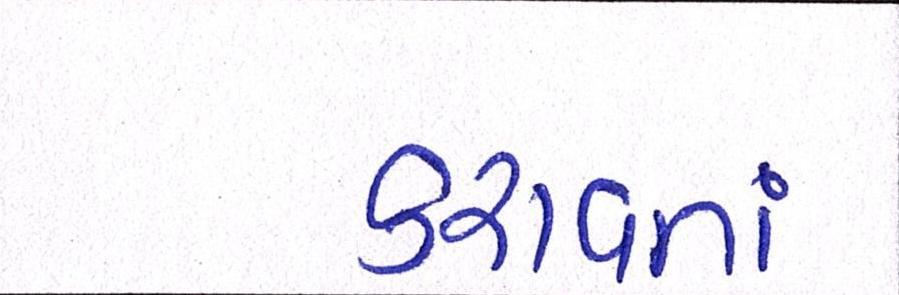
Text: કરાવતાં